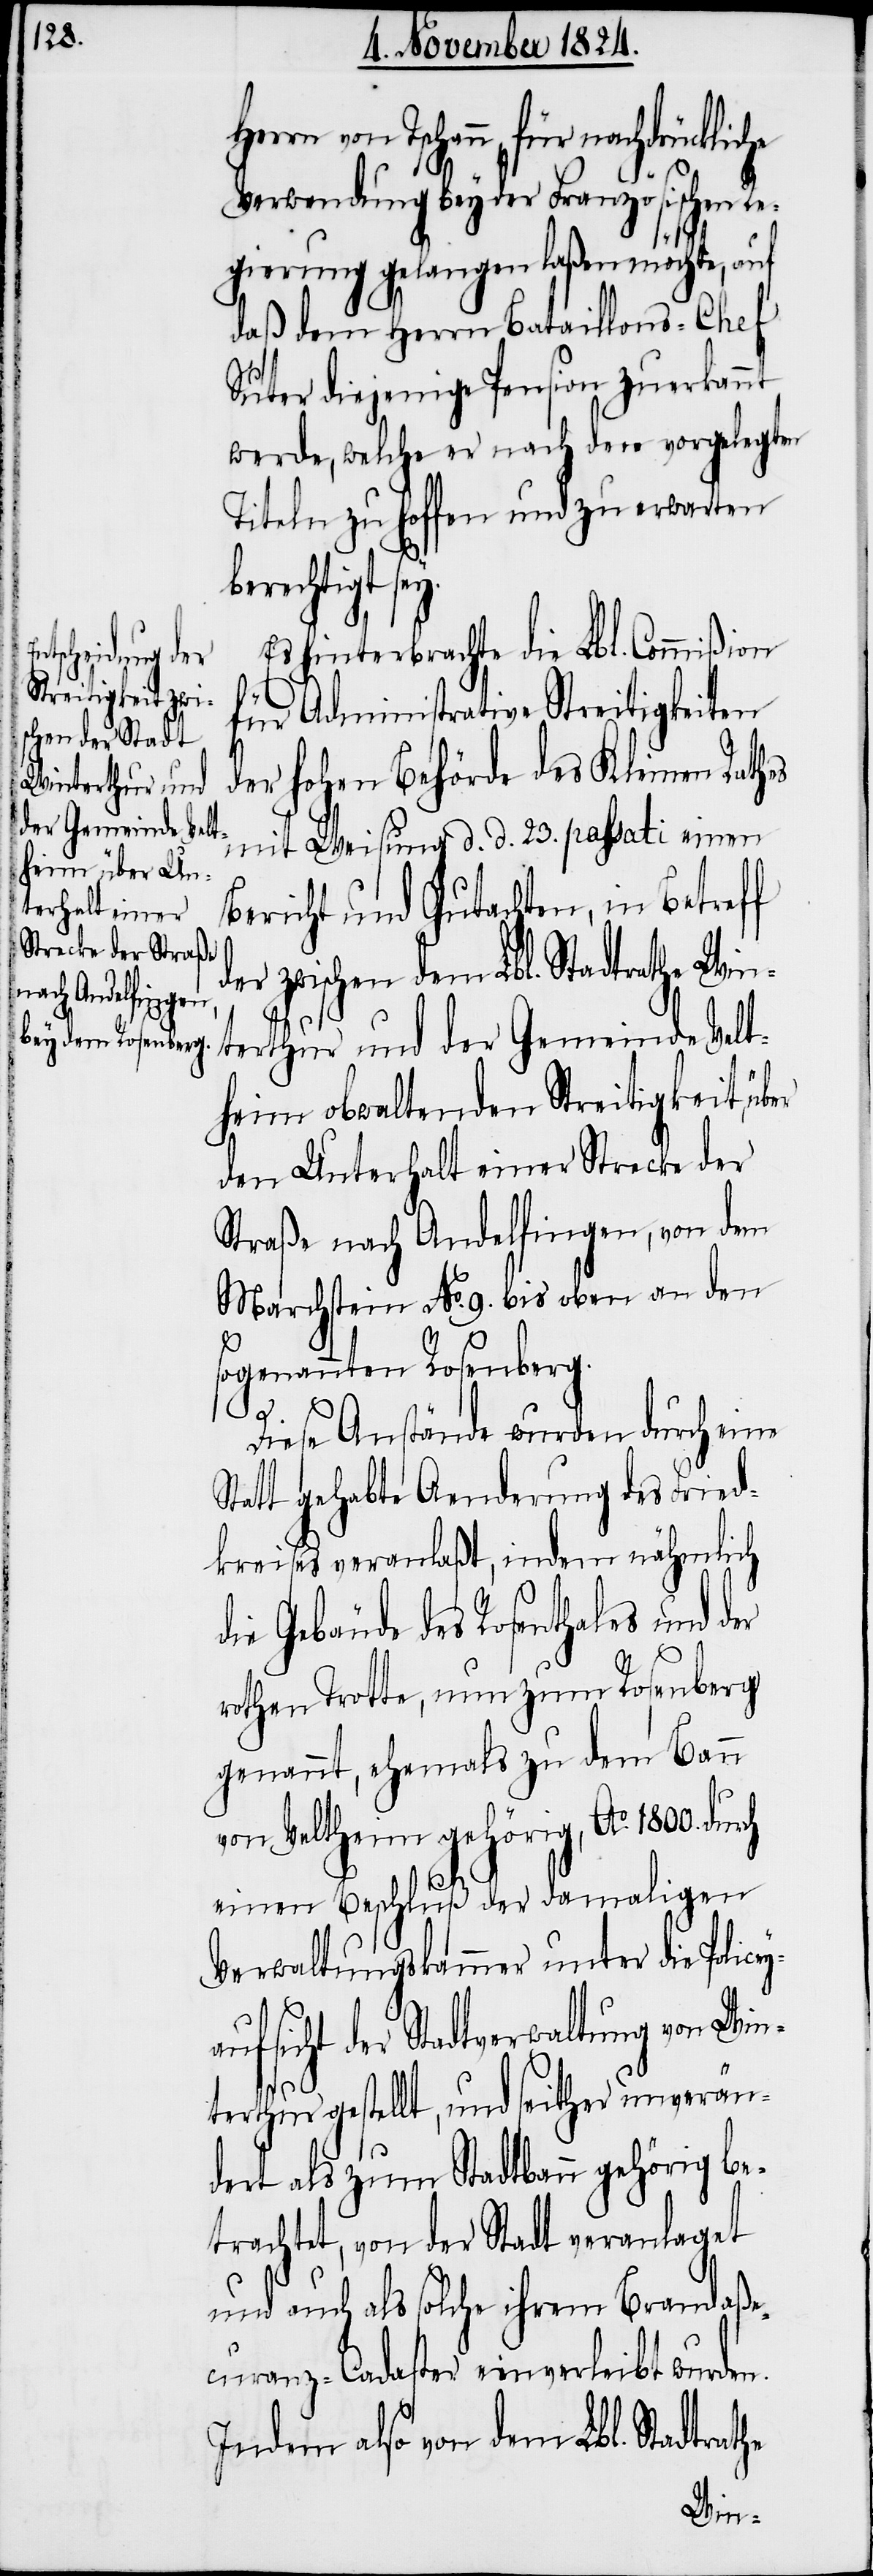
Herrn von Tschann, für nachdrückliche
Verwendung bey der Französischen Re¬
gierung gelangen laßen möchte, auf
daß dem Herrn Bataillons-Chef
Suter diejenige Pension zuerkannt
werde, welche er nach den vorgelegten
Titeln zu hoffen und zu erwarten
berechtigt
Es hinterbrachte die Lbl. Commißion
für Administrative Streitigkeiten
er hohen Behörde des Kleinen Rathes
mit Weisung d. d. 23. passati einen
Bericht und Gutachten, in Betreff
er zwischen dem Lbl. Stadtrathe Win¬
terthur und der Gemeinde Velt¬
heim obwaltenden Streitigkeit, über
den Unterhalt einer Strecke der
Straße nach Andelfingen, von dem
Marchstein No. 9. bis oben an den
sogenannten Rosenberg.
Diese Anstände wurden durch eine
Statt gehabte Aenderung des Fried¬
kreises veranlaßt, indem nähmlich
ie Gebäude des Rosenthales und
rothen Trotte, nun zum Rosenberg
genannt, ehemals zu dem Bann
von Veltheim gehörig, Ao. 1800.
einen Beschluß der damaligen
Verwaltungskammer unter die Police¬
ufsicht der Stadtverwaltung von Win¬
terthur gestellt, und seither unverän¬
dert als zum Stadtbann gehörig be¬
trachtet, von der Stadt veranlaget
ya¬
und auch als solche ihrem Brandaße¬
curanz-Cadaster einverleibt wurden.
Indem also von dem Lbl. Stadtrathe